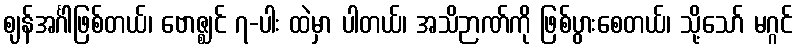
ဈန်အင်္ဂါဖြစ်တယ်၊ ဗောဇ္ဈင် ၇-ပါး ထဲမှာ ပါတယ်၊ အသိဉာဏ်ကို ဖြစ်ပွားစေတယ်၊ သို့သော် မဂ္ဂင်